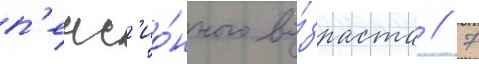
п'енс'ио́нного во́зраста // 7